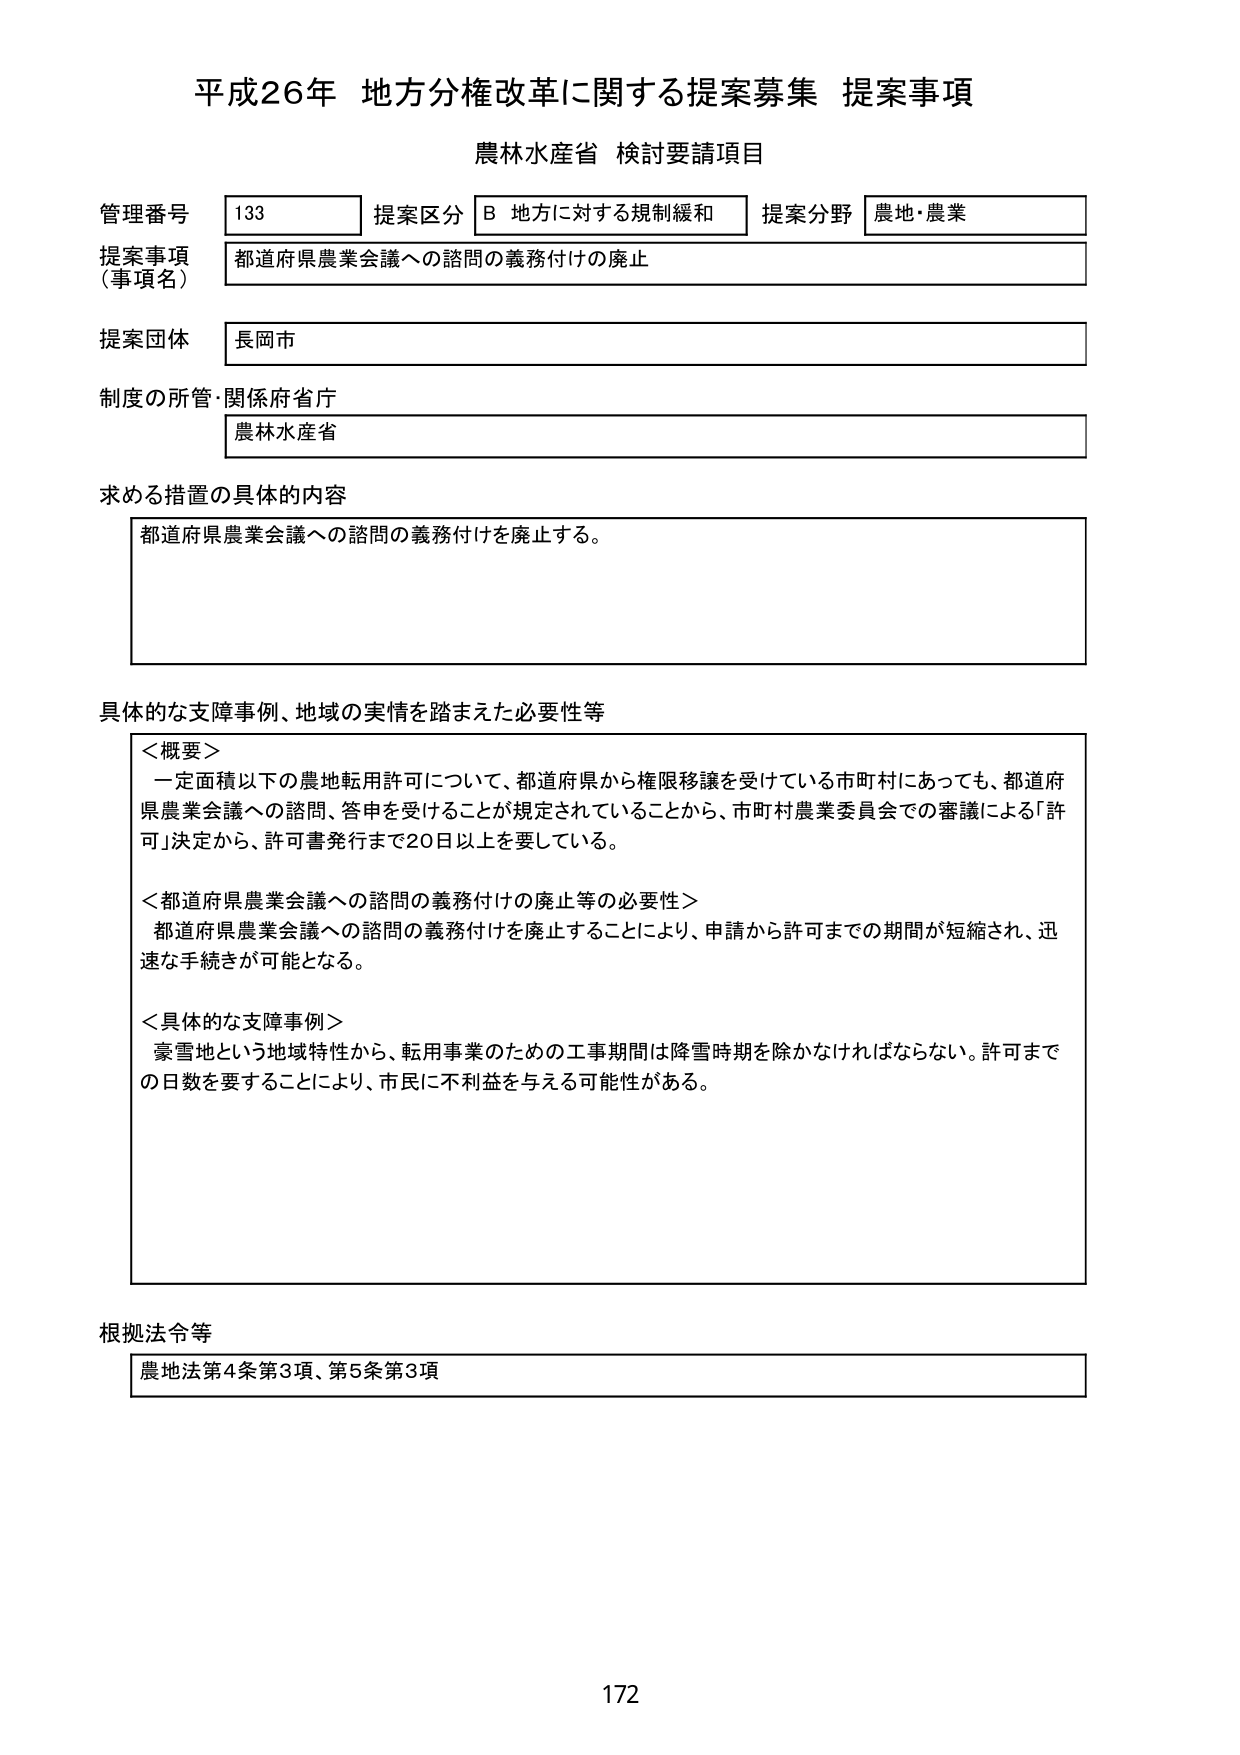
平成26年 地方分権改革に関する提案募集 提案事項
農林水産省 検討要請項目

管理番号 133 提案区分 B 地方に対する規制緩和 提案分野 農地・農業
提案事項（事項名） 都道府県農業会議への諮問の義務付けの廃止
提案団体 長岡市
制度の所管・関係府省庁 農林水産省

求める措置の具体的な内容
都道府県農業会議への諮問の義務付けを廃止する。

具体的な支障事例、地域の実情を踏まえた必要性等
＜概要＞
一定面積以下の農地転用許可について、都道府県から権限移譲を受けている市町村にあっても、都道府県農業会議への諮問、答申を受けることが規定されていることから、市町村農業委員会での審議による「許可」決定から、許可書発行まで20日以上を要している。

＜都道府県農業会議への諮問の義務付けの廃止等の必要性＞
都道府県農業会議への諮問の義務付けを廃止することにより、申請から許可までの期間が短縮され、迅速な手続きが可能となる。

＜具体的な支障事例＞
豪雪地という地域特性から、転用事業のための工事期間は降雪時期を除かなければならない。許可までの日数を要することにより、市民に不利益を与える可能性がある。

根拠法令等
農地法第4条第3項、第5条第3項

172